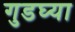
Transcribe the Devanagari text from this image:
गुडघ्या